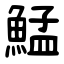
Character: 鯭